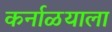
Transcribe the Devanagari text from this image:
कर्नाळयाला